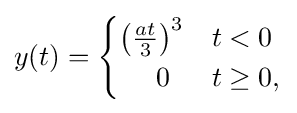
y(t)={\begin{cases}\left({\tfrac {at}{3}}\right)^{3}&t<0\\\ \ \ \ 0&t\geq 0,\end{cases}}